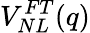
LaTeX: V_{NL}^{FT}(q)